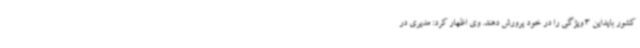
کشور بایداین 3 ویژگی را در خود پرورش دهند. وی اظهار کرد: مدیری در